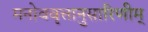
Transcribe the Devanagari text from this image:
मनोववृत्तानुसारिणीम्